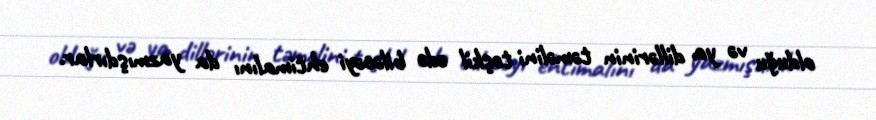
olduğu və ya dillərinin təməlini təşkil edə biləcəyi ehtimalını da yazmışdırlar.